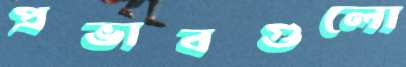
প্রভাবগুলো